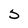
Character: 5